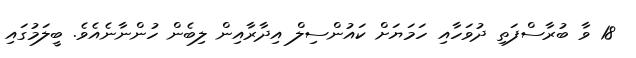
18 ވާ ބުރާސްފަތި ދުވަހާއި ހަމަޔަށް ކައުންސިލް އިދާރާއިން ލިބެން ހުންނާނެއެވެ. ބީލަމުގައި